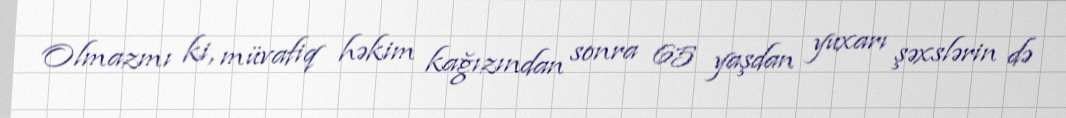
Olmazmı ki, müvafiq həkim kağızından sonra 65 yaşdan yuxarı şəxslərin də